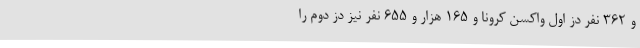
و ۳۶۲ نفر دُز اول واکسن کرونا و ۱۶۵ هزار و ۶۵۵ نفر نیز دُز دوم را